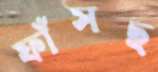
ফাঁসছ